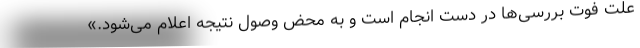
علت فوت بررسی‌ها در دست انجام است و به محض وصول نتیجه اعلام می‌شود.»